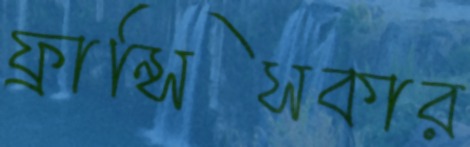
ফ্রান্সিসকার